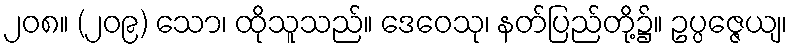
၂၀၈။ (၂၀၉) သော၊ ထိုသူသည်။ ဒေဝေသု၊ နတ်ပြည်တို့၌။ ဥပ္ပဇ္ဇေယျ၊